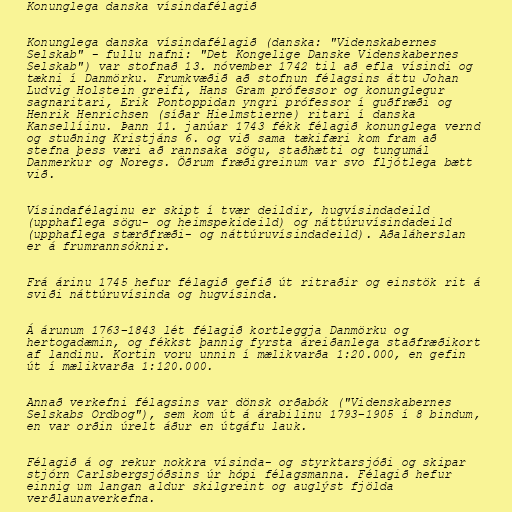
Konunglega danska vísindafélagið

Konunglega danska vísindafélagið (danska: "Videnskabernes
Selskab" - fullu nafni: "Det Kongelige Danske Videnskabernes
Selskab") var stofnað 13. nóvember 1742 til að efla vísindi og
tækni í Danmörku. Frumkvæðið að stofnun félagsins áttu Johan
Ludvig Holstein greifi, Hans Gram prófessor og konunglegur
sagnaritari, Erik Pontoppidan yngri prófessor í guðfræði og
Henrik Henrichsen (síðar Hielmstierne) ritari í danska
Kansellíinu. Þann 11. janúar 1743 fékk félagið konunglega vernd
og stuðning Kristjáns 6. og við sama tækifæri kom fram að
stefna þess væri að rannsaka sögu, staðhætti og tungumál
Danmerkur og Noregs. Öðrum fræðigreinum var svo fljótlega bætt
við.

Vísindafélaginu er skipt í tvær deildir, hugvísindadeild
(upphaflega sögu- og heimspekideild) og náttúruvísindadeild
(upphaflega stærðfræði- og náttúruvísindadeild). Aðaláherslan
er á frumrannsóknir.

Frá árinu 1745 hefur félagið gefið út ritraðir og einstök rit á
sviði náttúruvísinda og hugvísinda.

Á árunum 1763–1843 lét félagið kortleggja Danmörku og
hertogadæmin, og fékkst þannig fyrsta áreiðanlega staðfræðikort
af landinu. Kortin voru unnin í mælikvarða 1:20.000, en gefin
út í mælikvarða 1:120.000.

Annað verkefni félagsins var dönsk orðabók ("Videnskabernes
Selskabs Ordbog"), sem kom út á árabilinu 1793–1905 í 8 bindum,
en var orðin úrelt áður en útgáfu lauk.

Félagið á og rekur nokkra vísinda- og styrktarsjóði og skipar
stjórn Carlsbergsjóðsins úr hópi félagsmanna. Félagið hefur
einnig um langan aldur skilgreint og auglýst fjölda
verðlaunaverkefna.